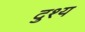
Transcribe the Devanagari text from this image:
दुश्‍य